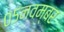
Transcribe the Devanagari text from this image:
०५नवम्बर